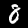
Label: 8